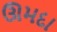
ઊમદા